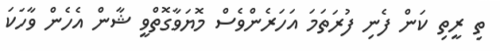
ތި ރީތި ކަން ފެނި ފުރަތަމަ އަހަރެންވެސް މޮޔަވާގޮތްވީ ޝާން އެހެން ވާހަކަ